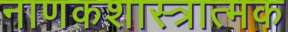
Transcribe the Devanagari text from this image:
नाणकशास्त्रात्मक